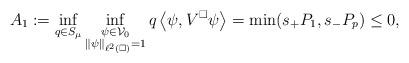
LaTeX: \begin{align*} A_1:= \inf_{q \in S_\mu} \inf_{\substack{\psi \in \mathcal V_0 \\ \|\psi\|_{\ell^2(\square)} = 1}} q \left\langle \psi, V^\square \psi \right\rangle = \min( s_+ P_1, s_- P_p) \leq 0,\end{align*}